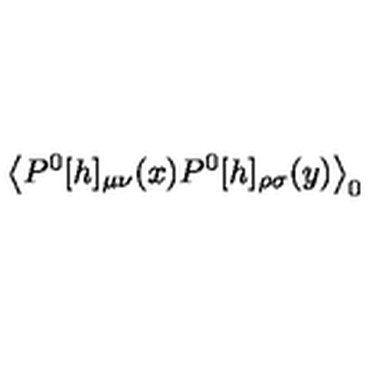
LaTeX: \left< P ^ { 0 } [ h ] _ { \mu \nu } ( x ) P ^ { 0 } [ h ] _ { \rho \sigma } ( y ) \right> _ { 0 }